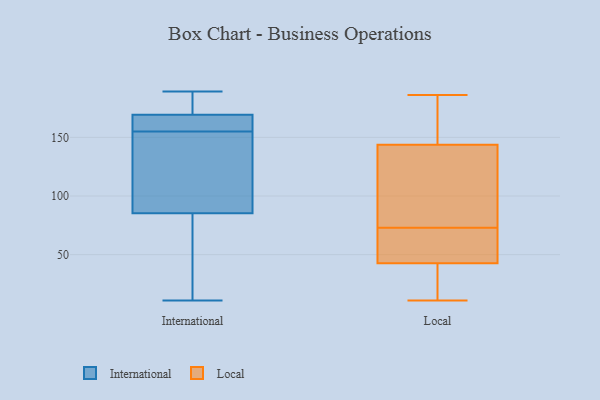
{"axis": {"x": "Gross Profit (USD K)", "y": "Value"}, "legend": ["International", "Local"], "data": [{"x": "", "y": 86, "type": "International"}, {"x": "", "y": 169, "type": "International"}, {"x": "", "y": 109, "type": "International"}, {"x": "", "y": 176, "type": "International"}, {"x": "", "y": 189, "type": "International"}, {"x": "", "y": 189, "type": "International"}, {"x": "", "y": 11, "type": "International"}, {"x": "", "y": 54, "type": "International"}, {"x": "", "y": 80, "type": "International"}, {"x": "", "y": 170, "type": "International"}, {"x": "", "y": 106, "type": "International"}, {"x": "", "y": 155, "type": "International"}, {"x": "", "y": 167, "type": "International"}, {"x": "", "y": 83, "type": "International"}, {"x": "", "y": 156, "type": "International"}, {"x": "", "y": 111, "type": "International"}, {"x": "", "y": 169, "type": "International"}, {"x": "", "y": 96, "type": "Local"}, {"x": "", "y": 160, "type": "Local"}, {"x": "", "y": 73, "type": "Local"}, {"x": "", "y": 70, "type": "Local"}, {"x": "", "y": 185, "type": "Local"}, {"x": "", "y": 20, "type": "Local"}, {"x": "", "y": 146, "type": "Local"}, {"x": "", "y": 11, "type": "Local"}, {"x": "", "y": 137, "type": "Local"}, {"x": "", "y": 61, "type": "Local"}, {"x": "", "y": 186, "type": "Local"}, {"x": "", "y": 57, "type": "Local"}, {"x": "", "y": 77, "type": "Local"}, {"x": "", "y": 38, "type": "Local"}, {"x": "", "y": 22, "type": "Local"}]}